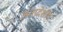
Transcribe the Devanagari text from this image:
अंतप्रदेशीय